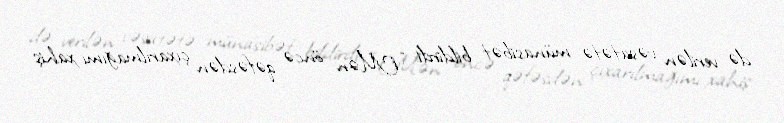
də verilən vəsatətə münasibət bildirdi: “Mən öncə qəfəsdən çıxarılmağımı xahiş